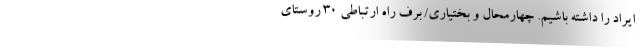
ایراد را داشته باشیم. چهارمحال و بختیاری/ برف راه ارتباطی ۳۰ روستای